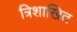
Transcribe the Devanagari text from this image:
त्रिशाखित